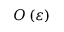
O \left( \protect \varepsilon \right)